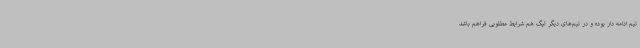
تیم ادامه دار بوده و در تیم‌های دیگر لیگ هم شرایط مطلوبی فراهم باشد